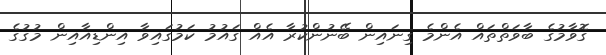
ގޮވާމުގެ ބާވަތްތައް އެންމެ ގިނައިން ބޭނުންކުރާ އެއް ގައުމު ކަމުގައިވާ އިންޑިއާއިން މުގުގެ